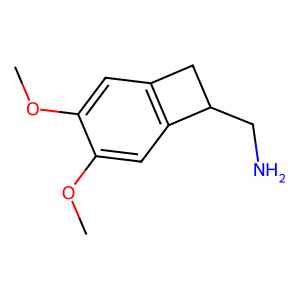
SMILES: COc1cc2c(cc1OC)C(CN)C2
Inhibits HIV replication: No